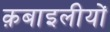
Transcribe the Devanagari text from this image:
क़बाइलीयों